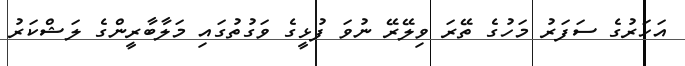
އަހަރުގެ ސަފަރު މަހުގެ ތޭރަ ވިލޭރޭ ނުވަ ފުޅީގެ ވަގުތުގައި މަލާބާރީންގެ ލަޝްކަރު